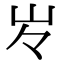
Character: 㞮